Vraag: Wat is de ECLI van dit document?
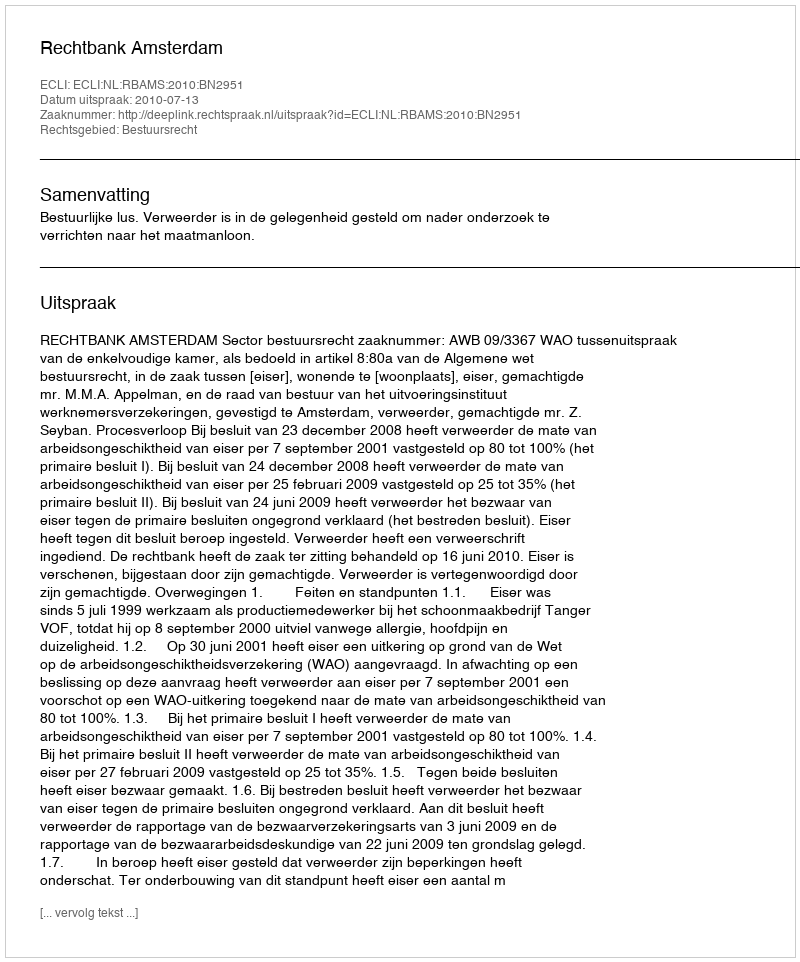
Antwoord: ECLI:NL:RBAMS:2010:BN2951